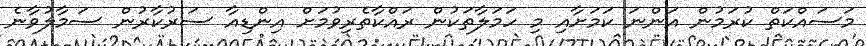
މަސައްކަތް ކުރަމުން އަންނަ ކަމަށާއި މި ހަމަލާތަކުން ރައްކާތެރިވުމަށް އިންޑިއާ ސަރުކާރުން ސަމާލުވާނެ